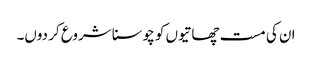
ان کی مست چھاتیوں کو چوسنا شروع کر دوں۔